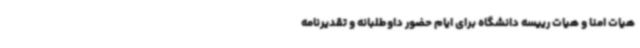
هیات امنا و هیات رییسه دانشگاه برای ایام حضور داوطلبانه و تقدیرنامه